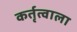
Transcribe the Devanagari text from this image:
कर्तृत्वाला